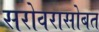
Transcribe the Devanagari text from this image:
सरोवरासोबत